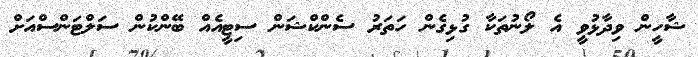
ޝާހީން ވިދާޅުވީ އެ ލޯނުތަކާ ގުޅިގެން ހަތަރު ސެންކްޝަން ސިޓީއެއް ބޭންކުން ސަލްޓަންސްއަށް